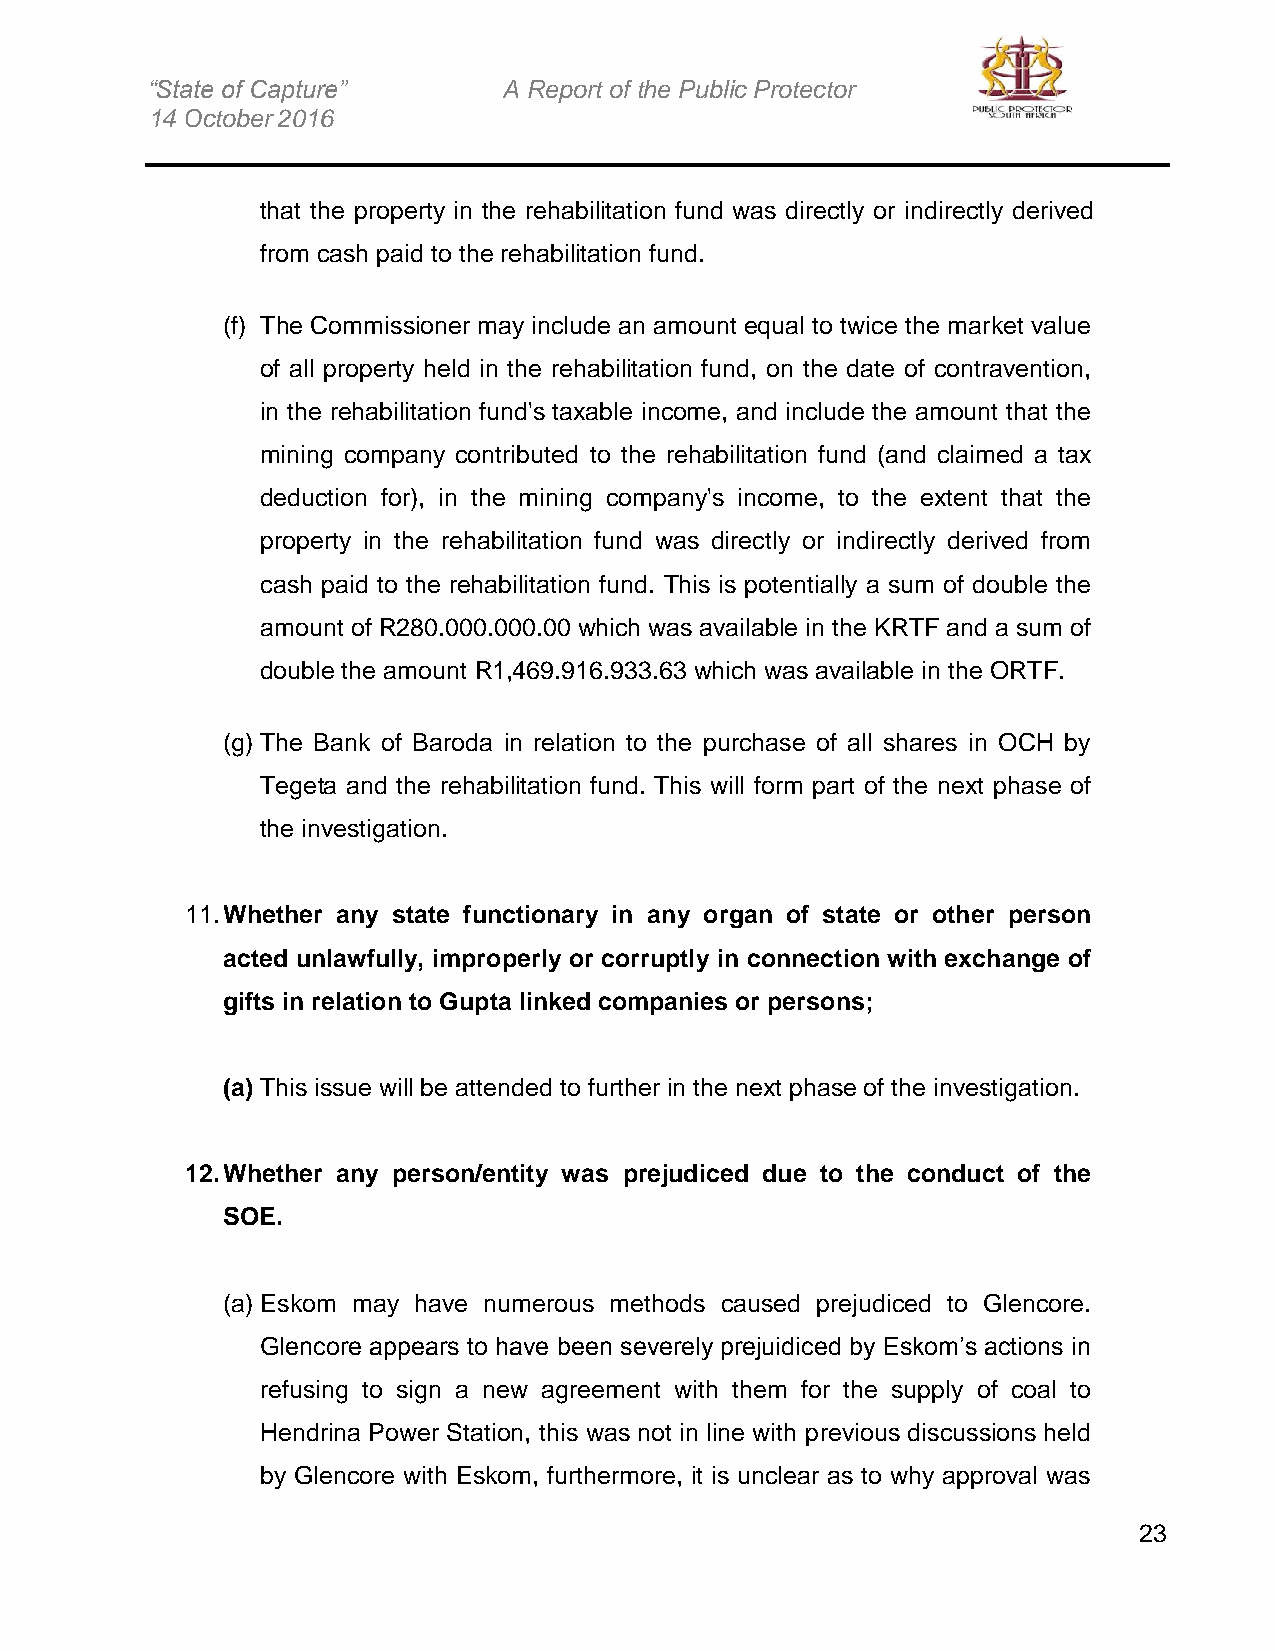
“State of Capture”     A Report of the Public Protector
 14 October 2016
 that the property in the rehabilitation fund was directly or indirectly derived
 from cash paid to the rehabilitation fund.
 (f) The Commissioner may include an amount equal to twice the market value
 of all property held in the rehabilitation fund, on the date of contravention,
 in the rehabilitation fund's taxable income, and include the amount that the
 mining company contributed to the rehabilitation fund (and claimed a tax
 deduction for), in the mining company's income, to the extent that the
 property in the rehabilitation fund was directly or indirectly derived from
 cash paid to the rehabilitation fund. This is potentially a sum of double the
 amount of R280.000.000.00 which was available in the KRTF and a sum of
 double the amount R1,469.916.933.63 which was available in the ORTF.
 (g) The Bank of Baroda in relation to the purchase of all shares in OCH by
 Tegeta and the rehabilitation fund. This will form part of the next phase of
 the investigation.
 11. Whether any state functionary in any organ of state or other person
 acted unlawfully, improperly or corruptly in connection with exchange of
 gifts in relation to Gupta linked companies or persons;
 (a) This issue will be attended to further in the next phase of the investigation.
 12. Whether any person/entity was prejudiced due to the conduct of the
 SOE.
 (a) Eskom may have numerous methods caused prejudiced to Glencore.
 Glencore appears to have been severely prejuidiced by Eskom’s actions in
 refusing to sign a new agreement with them for the supply of coal to
 Hendrina Power Station, this was not in line with previous discussions held
 by Glencore with Eskom, furthermore, it is unclear as to why approval was
 23